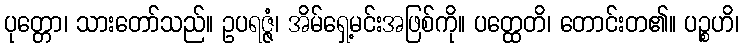
ပုတ္တော၊ သားတော်သည်။ ဥပရဇ္ဇံ၊ အိမ်ရှေ့မင်းအဖြစ်ကို။ ပတ္ထေတိ၊ တောင်းတ၏။ ပဉ္စဟိ၊